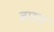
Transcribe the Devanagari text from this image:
बारुन